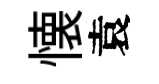
懐袁